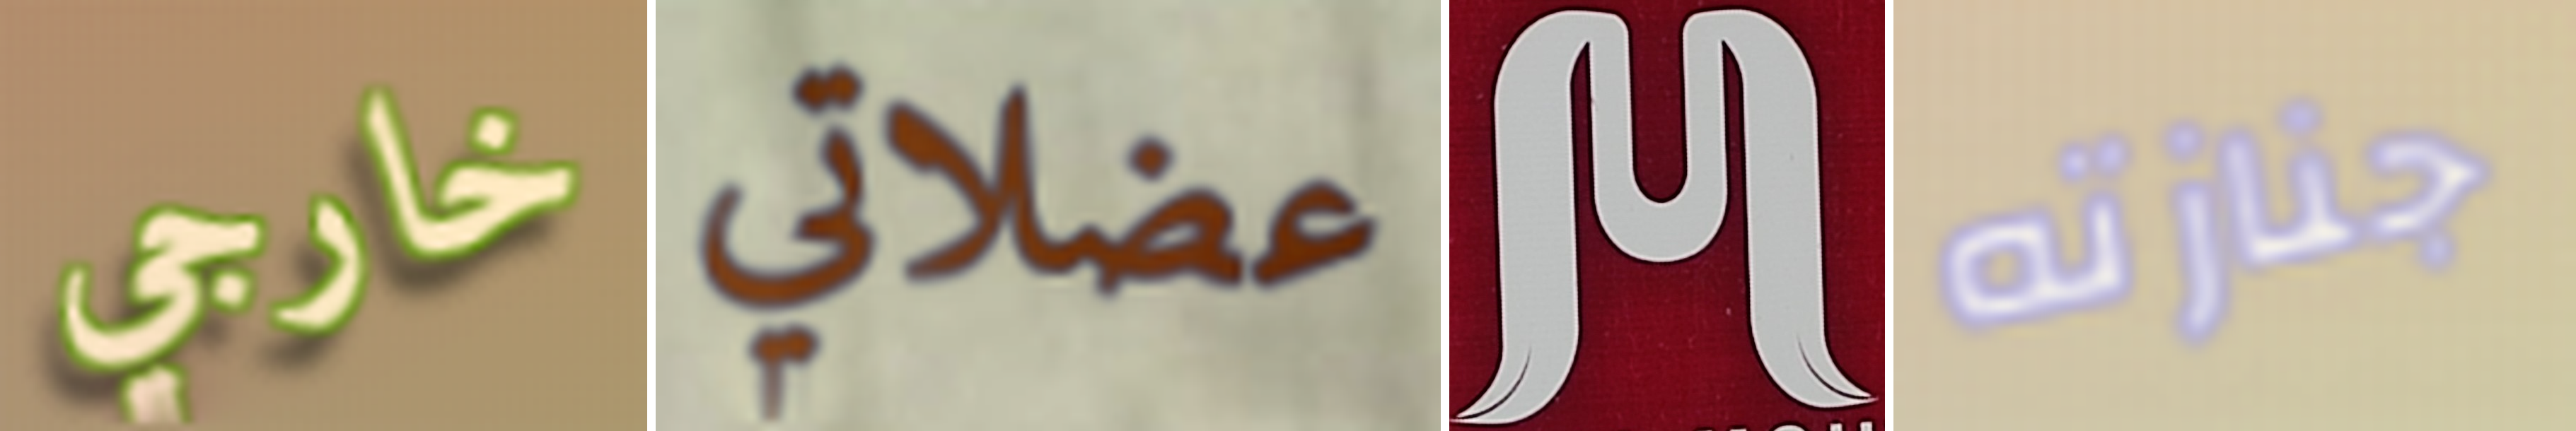
خارجي عضلاتي M جنازته